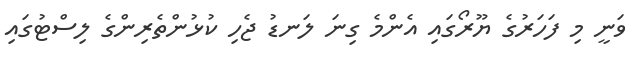
ވަނީ މި ފަހަރުގެ ޔޫރޯގައި އެންމެ ގިނަ ލަނޑު ޖެހި ކުޅުންތެރިންގެ ލިސްޓުގައި